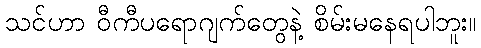
သင်ဟာ ဝီကီပရောဂျက်တွေနဲ့ စိမ်းမနေရပါဘူး။